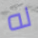
له